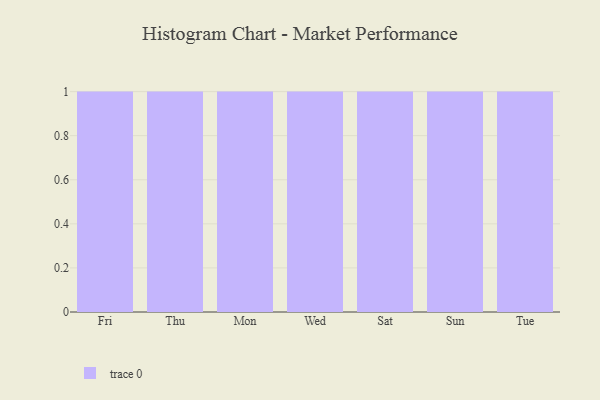
{"axis": {"x": "Day", "y": "Budget (USD K)"}, "legend": [""], "data": [{"x": "Fri", "y": 85, "type": ""}, {"x": "Thu", "y": 65, "type": ""}, {"x": "Mon", "y": 96, "type": ""}, {"x": "Wed", "y": 60, "type": ""}, {"x": "Sat", "y": 98, "type": ""}, {"x": "Sun", "y": 44, "type": ""}, {"x": "Tue", "y": 25, "type": ""}]}